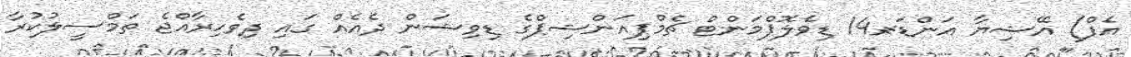
އެފް) އޭޝިޔާ އަންޑަރ-14 ޑިވެލޮޕްމަންޓް ޗެމްޕިއަންޝިޕްގެ ޑިވިޝަން ދެއެއް ގައި ދިވެހިރާއްޖެ ތަމްސީލުކުރާ